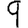
Digit: 9